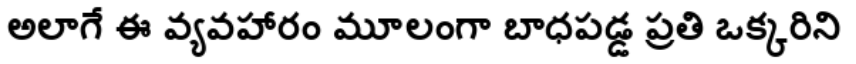
అలాగే ఈ వ్యవహారం మూలంగా బాధపడ్డ ప్రతి ఒక్కరిని